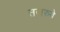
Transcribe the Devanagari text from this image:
तजरुबे